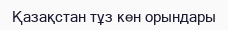
Қазақстан тұз кен орындары